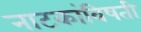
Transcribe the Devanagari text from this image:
नाटकांविषती